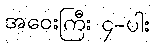
အဝေးကြီး ၄-ပါး